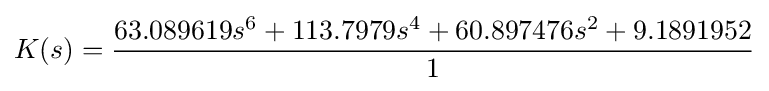
K(s)={\frac {63.089619s^{6}+113.7979s^{4}+60.897476s^{2}+9.1891952}{1}}